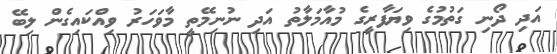
އަދި ދޯނި ގަތުމުގެ ވިޔަފާރީގެ މުއާމަލާތު އަދި ނުނިމޭތީ މާވަހަރު ވިއްކައިގެން ލިބޭ